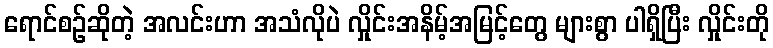
ရောင်စဉ်ဆိုတဲ့ အလင်းဟာ အသံလိုပဲ လှိုင်းအနိမ့်အမြင့်တွေ များစွာ ပါရှိပြီး လှိုင်းတို